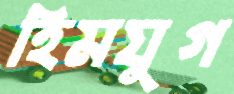
হিমযুগ